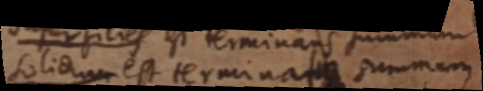
solidum est termina _ summum